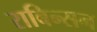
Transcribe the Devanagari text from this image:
राबिन्सन